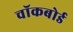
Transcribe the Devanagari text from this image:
चॉकबोर्ड